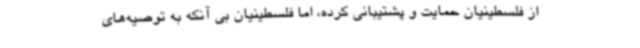
از فلسطینیان حمایت و پشتیبانی کرده، اما فلسطینیان بی آنکه به توصیه‌های